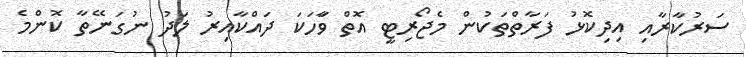
ސަރުކާރާއި އިިދިކޮޅު ފަރާތްތަކުން މެޖޯރިޓީ އޮތް ވަާހަކަ ދައްކާއިރު ލަދު ނުގަނޭތާ ކޮންމެ